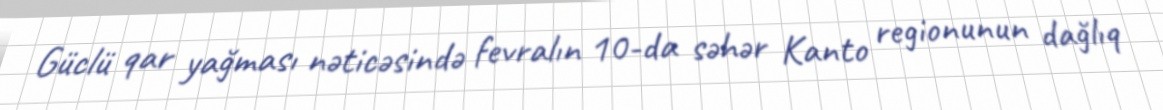
Güclü qar yağması nəticəsində fevralın 10-da səhər Kanto regionunun dağlıq